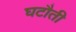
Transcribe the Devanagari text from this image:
घटौती